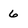
Character: 6